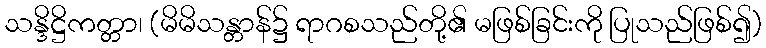
သန္ဒိဋ္ဌိကတ္တာ၊ (မိမိသန္တာန်၌ ရာဂစသည်တို့၏ မဖြစ်ခြင်းကို ပြုသည်ဖြစ်၍)